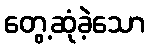
တွေ့ဆုံခဲ့သော